Scottish Leaving Certificate Examination, 1960
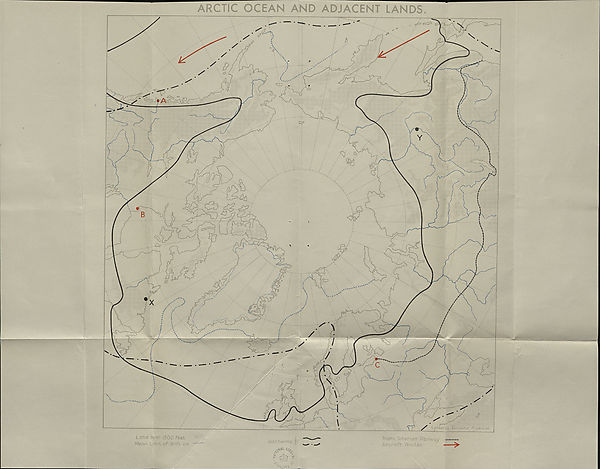
ARCTIC O CEAN AND ADJACENT LANDS.
Isotherms
%
1 " ~ -c-